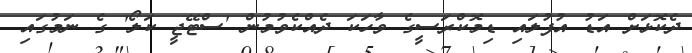
ދެކޮޅަށް އަޑު އުފުލައި ޑިމޮކްރަސީގެ ވާހަކަ ދެއްކެވުމުން 'ސްޓޭޖީ ކަލޯ' ގެ ނަމުގައި